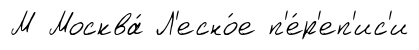
М Москва́ Л'есно́е п'е́р'еп'ис'и